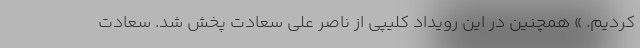
کردیم. » همچنین در این رویداد کلیپی از ناصر علی سعادت پخش شد. سعادت